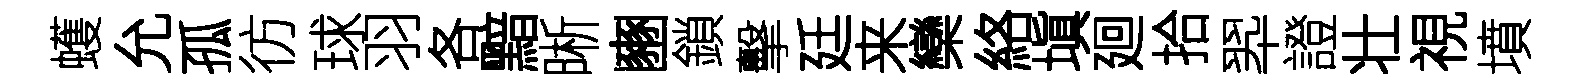
蠖允孤彷球羽各黯晰豳鎖擊廷来欒絡塡廻拾翆證壮視墳